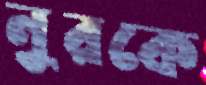
নুরকে